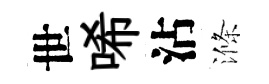
世唏沾滌